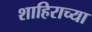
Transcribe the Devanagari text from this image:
शाहिराच्या